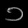
Digit: ၁